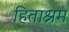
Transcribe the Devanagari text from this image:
हिताश्रम